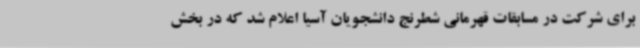
برای شرکت در مسابقات قهرمانی شطرنج دانشجویان آسیا اعلام شد که در بخش